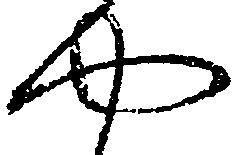
や